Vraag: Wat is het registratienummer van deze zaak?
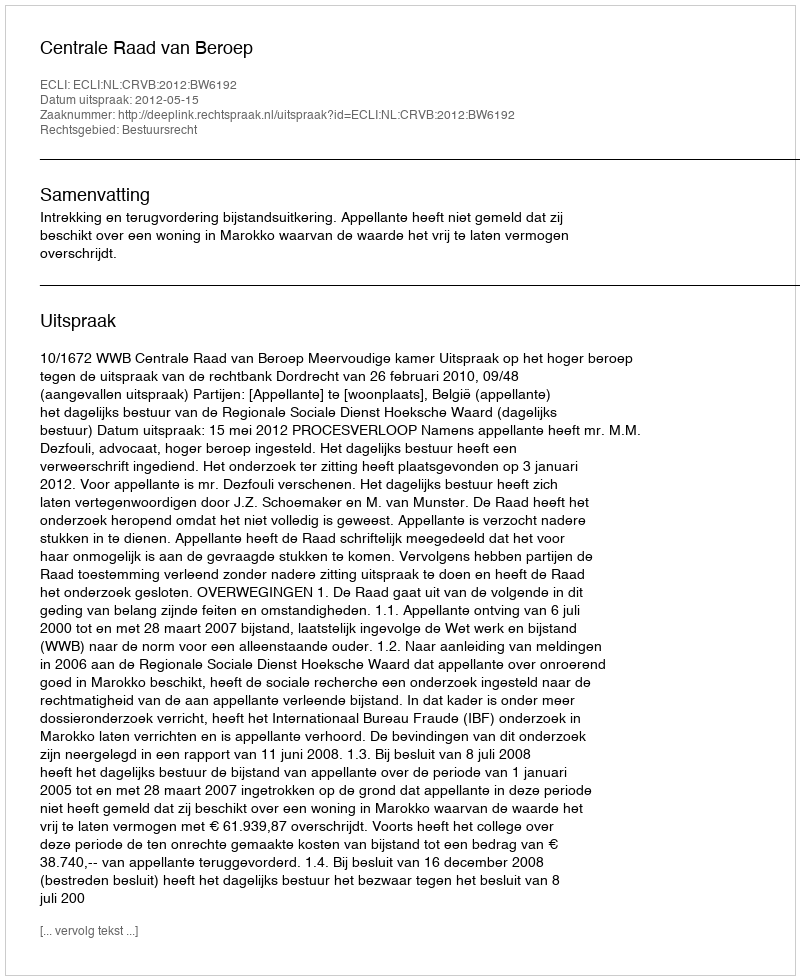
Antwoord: http://deeplink.rechtspraak.nl/uitspraak?id=ECLI:NL:CRVB:2012:BW6192